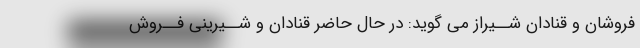
فروشان و قنادان شــیراز مى گوید: در حال حاضر قنادان و شــیرینى فــروش